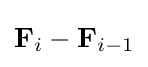
{\textbf {F}}_{i}-{\textbf {F}}_{i-1}